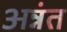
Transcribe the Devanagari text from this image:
अन्नंत